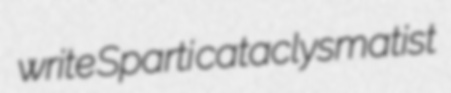
write Sparti cataclysmatist